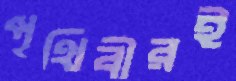
পৃথিবীরই